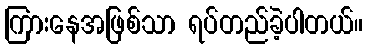
ကြားနေအဖြစ်သာ ရပ်တည်ခဲ့ပါတယ်။